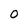
Character: 0